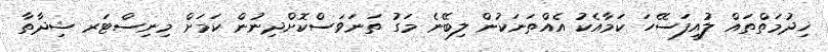
ޚިދުމަތްތައް ލުއިފަސޭހަ ކަމާއެކު އެއްތަނަކުން ލިބޭނެ މަގު ތަނަވަސްކޮށްދިނުން ކަމަށް މިނިސްޓަރ ޝިދާތާ